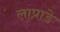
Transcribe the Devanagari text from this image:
लाप्राडे